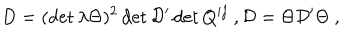
D = ( \det \lambda \Theta ) ^ { 2 } \det \mathcal { D } ^ { \prime } \det Q ^ { i j } \ , \mathcal { D } = \Theta \mathcal { D } ^ { \prime } \Theta \ ,